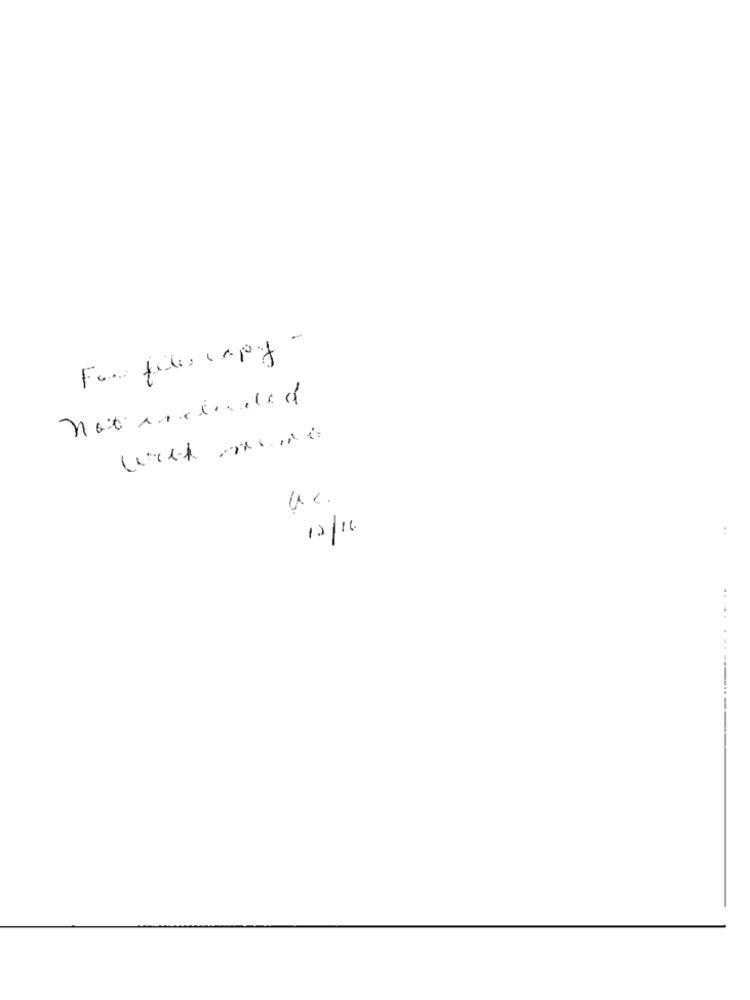
-
For files capy
not included
12/16
:
..